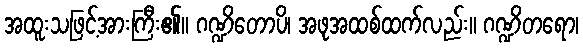
အထူးသဖြင့်အားကြီး၏။ ဂဏ္ဍိတောပိ၊ အဖုအထစ်ထက်လည်း။ ဂဏ္ဍိတရော၊